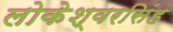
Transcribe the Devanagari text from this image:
लोकेश्वरसिंह